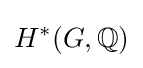
H^{\ast }(G,\mathbb {Q} )